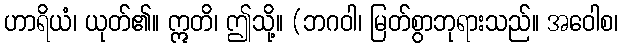
ဟာရိယံ၊ ယုတ်၏။ ဣတိ၊ ဤသို့။ (ဘဂဝါ၊ မြတ်စွာဘုရားသည်။ အဝေါစ၊